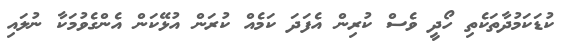
ކުޑަކަމުދާތަކެތި ހޯދީ ވެސް ކުރިން އެފަދަ ކަމެއް ކުރަން އުޅޭކަން އެންގެވުމަކާ ނުލައި